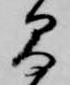
間